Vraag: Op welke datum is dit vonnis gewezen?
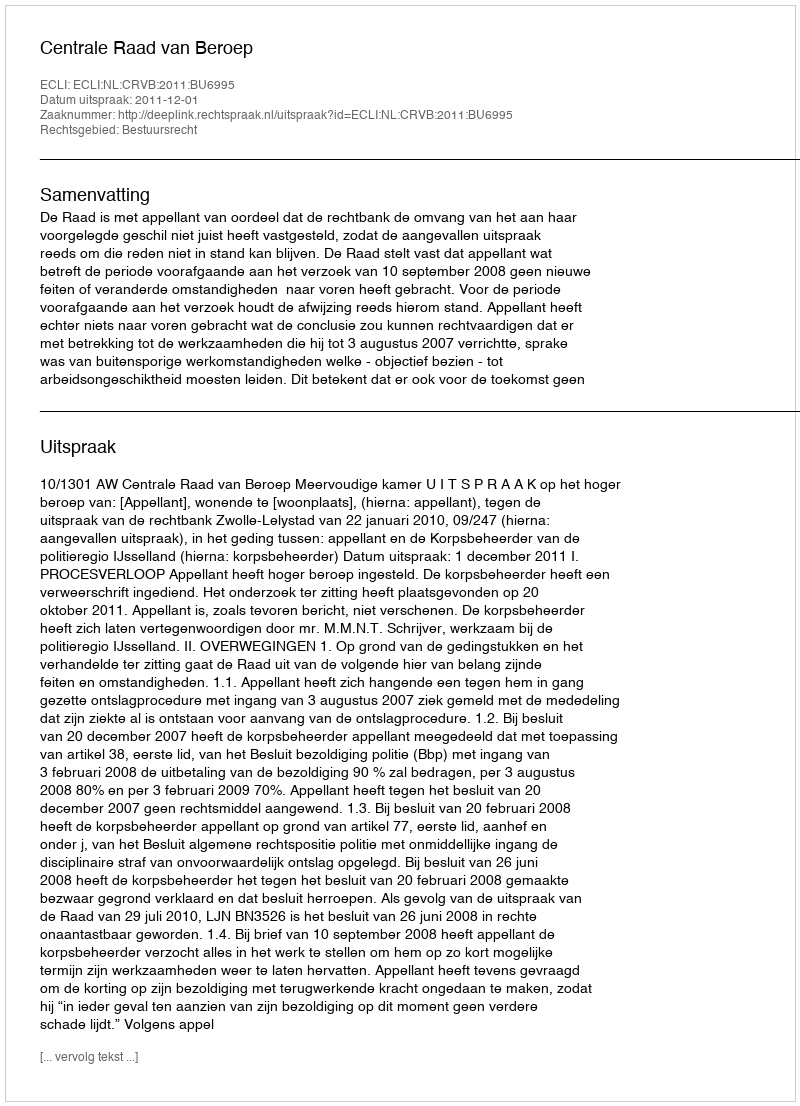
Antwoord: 2011-12-01